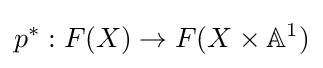
p^{*}:F(X)\to F(X\times \mathbb {A} ^{1})